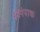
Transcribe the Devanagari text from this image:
स्वंयंपाक